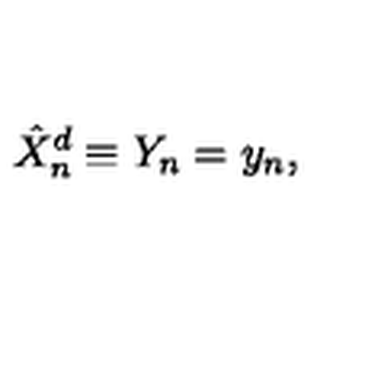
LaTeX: \hat { X } _ { n } ^ { d } \equiv Y _ { n } = y _ { n } ,